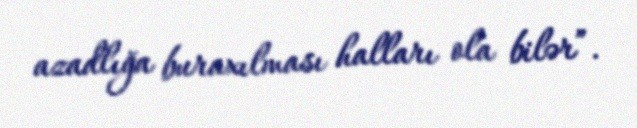
azadlığa buraxılması halları ola bilər”.